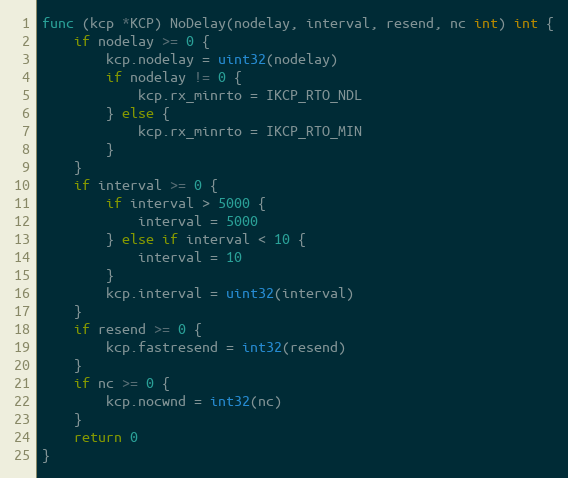
Language: Go
func (kcp *KCP) NoDelay(nodelay, interval, resend, nc int) int {
	if nodelay >= 0 {
		kcp.nodelay = uint32(nodelay)
		if nodelay != 0 {
			kcp.rx_minrto = IKCP_RTO_NDL
		} else {
			kcp.rx_minrto = IKCP_RTO_MIN
		}
	}
	if interval >= 0 {
		if interval > 5000 {
			interval = 5000
		} else if interval < 10 {
			interval = 10
		}
		kcp.interval = uint32(interval)
	}
	if resend >= 0 {
		kcp.fastresend = int32(resend)
	}
	if nc >= 0 {
		kcp.nocwnd = int32(nc)
	}
	return 0
}